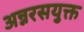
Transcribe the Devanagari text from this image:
अन्नरसयुक्त